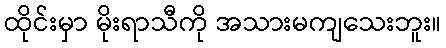
ထိုင်းမှာ မိုးရာသီကို အသားမကျသေးဘူး။